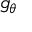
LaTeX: g _ { \boldsymbol { \theta } }